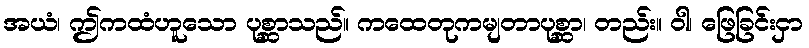
အယံ၊ ဤကထံဟူသော ပုစ္ဆာသည်။ ကထေတုကမျတာပုစ္ဆာ၊ တည်း။ ဝါ၊ ဖြေခြင်းငှာ